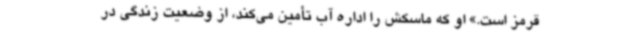
قرمز است.» او که ماسکش را اداره آب تأمین می‌کند، از وضعیت زندگی در